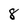
Character: 8